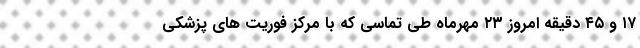
۱۷ و ۴۵ دقیقه امروز ۲۳ مهرماه طی تماسی که با مرکز فوریت های پزشکی